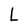
Character: L